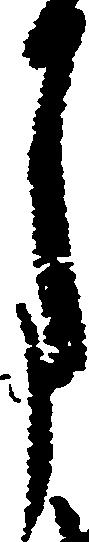
月